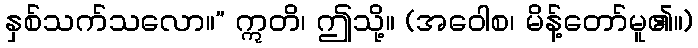
နှစ်သက်သလော။” ဣတိ၊ ဤသို့။ (အဝေါစ၊ မိန့်တော်မူ၏။)